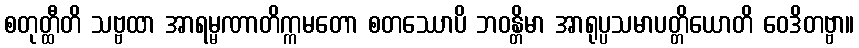
စတုတ္ထီတိ သဗ္ဗထာ အာရမ္မဏာတိက္ကမတော စတဿောပိ ဘဝန္တိမာ အာရုပ္ပသမာပတ္တိယောတိ ဝေဒိတဗ္ဗာ။